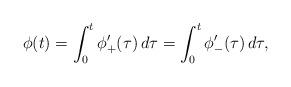
LaTeX: \begin{align*}\phi(t) = \int_0^t \phi'_+ (\tau) \, d \tau = \int_0^t \phi'_- (\tau) \, d \tau, \end{align*}